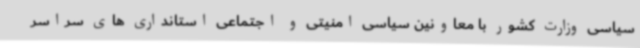
سیاسی وزارت کشور با معاونین سیاسی امنیتی و اجتماعی استانداری های سراسر